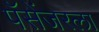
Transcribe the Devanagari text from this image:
पॅसेंजरला